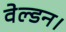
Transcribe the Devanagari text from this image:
वेल्डन।